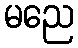
မညေ